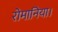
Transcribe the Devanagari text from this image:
रोमानिया।